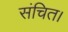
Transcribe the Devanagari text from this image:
संचित।